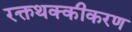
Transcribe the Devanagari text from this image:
रक्तथक्कीकरण